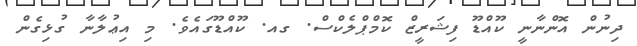
ދިނުން އޮންނާނީ ކޫއްޑޫ ފިޝަރީޒް ކޮމްޕްލެކްސް. ގއ. ކޫއްޑޫގައެވެ. މި އިޢުލާނާ ގުޅިގެން